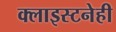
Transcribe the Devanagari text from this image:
क्लाइस्टनेही